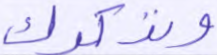
ونذكرك